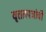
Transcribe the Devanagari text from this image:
वृत्ततपत्रांची